Vaccination report Assam 1896-1927 - 1896-1927
Year: 1896
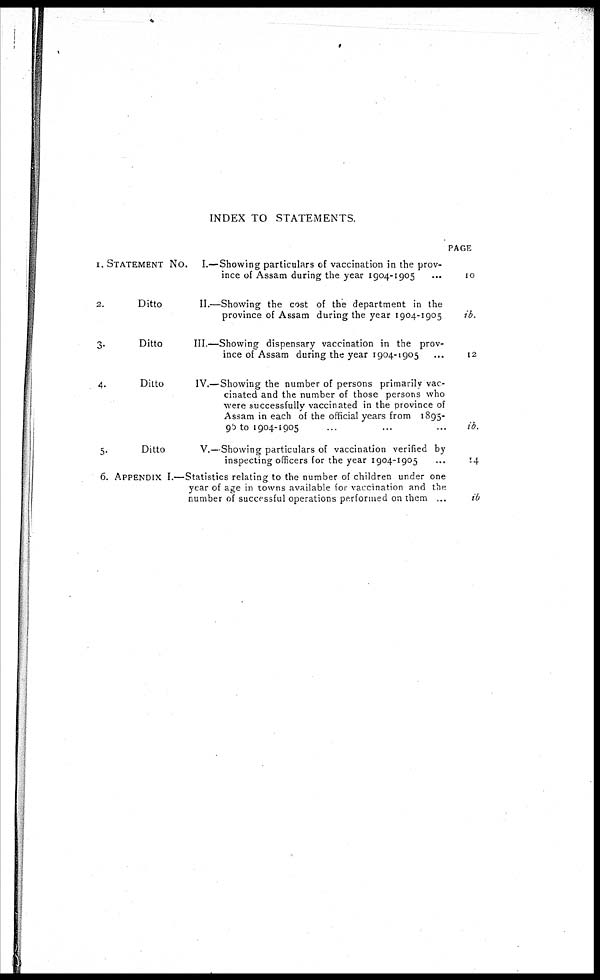
INDEX TO STATEMENTS.
1.
2.
3.
4.
5.
6.
STATEMENT No. I.—Showing particulars of vaccination in the prov-
ince of Assam during the year 1904-1905...
Ditto
II.—Showing the cost of the department in the
province of Assam during the year 1904-1905
Ditto
III.—Showing dispensary vaccination in the prov-
ince of Assam during the year 1904-1905
Ditto
IV.—Showing the number of persons primarily vac-
cinated and the number of those persons who
were successfully vaccinated in the province of
Assam in each of the official years from 1895-
96 to 1904-1905... ... ... ...
Ditto
V.—Showing particulars of vaccination verified by
inspecting officers for the year 1904-1905...
APPENDIX I.—Statistics relating to the number of children under one
year of age in towns available for vaccination and the
number of successful operations performed on them ...
PAGE
10
ib.
12
ib.
14
ib